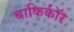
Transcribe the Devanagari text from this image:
बाकिर्कॉर